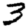
Digit: 3